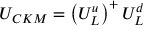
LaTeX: U _ { C K M } = \left( U _ { L } ^ { u } \right) ^ { + } U _ { L } ^ { d }